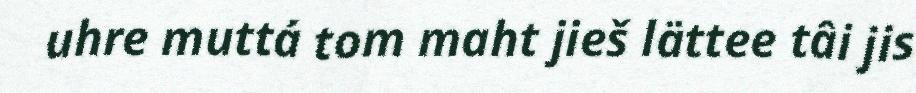
uhre muttá tom maht jieš lättee tâi jis